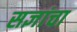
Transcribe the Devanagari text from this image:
सज्ञांचा